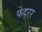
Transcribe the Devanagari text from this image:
फेदरर